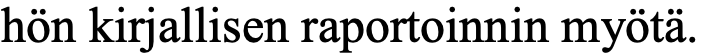
hön kirjallisen raportoinnin myötä.